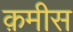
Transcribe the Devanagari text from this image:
क़मीस